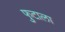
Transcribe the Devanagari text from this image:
फुटाला